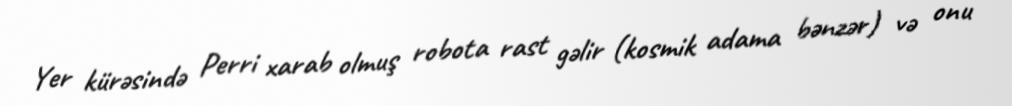
Yer kürəsində Perri xarab olmuş robota rast gəlir (kosmik adama bənzər) və onu